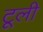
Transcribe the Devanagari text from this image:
टूली